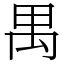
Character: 禺